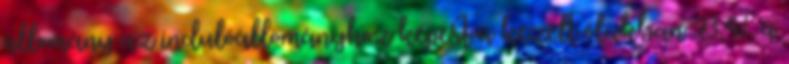
állomány az indulóállományhoz képest a kezelt ólakban 93,4%, a